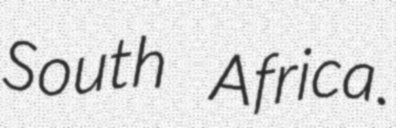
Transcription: South Africa.